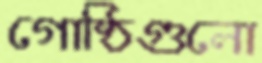
গোষ্ঠিগুলো